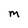
Character: m